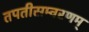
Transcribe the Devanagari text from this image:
तपतीसम्वरणम्